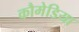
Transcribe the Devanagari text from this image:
कौमेडिया